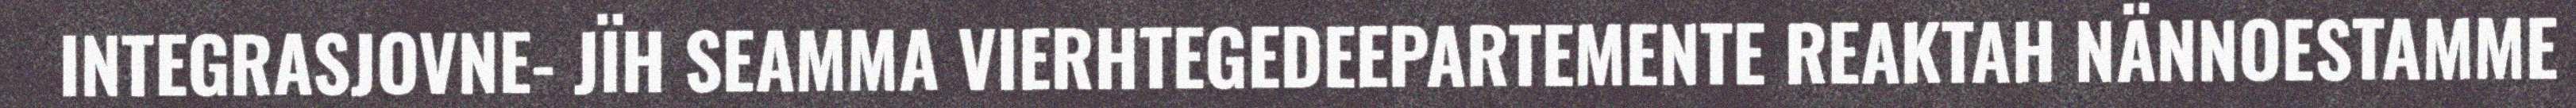
INTEGRASJOVNE- JÏH SEAMMA VIERHTEGEDEEPARTEMENTE REAKTAH NÄNNOESTAMME